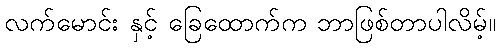
လက်မောင်း နှင့် ခြေထောက်က ဘာဖြစ်တာပါလိမ့်။